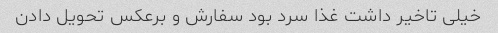
خیلی تاخیر داشت غذا سرد بود سفارش و برعکس تحویل دادن